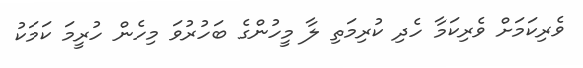
ވެރިކަމަށް ވެރިކަމާ ހެދި ކުރިމަތި ލާ މީހުންގެ ބަހުރުވަ މިހެން ހުރީމަ ކަމަކު